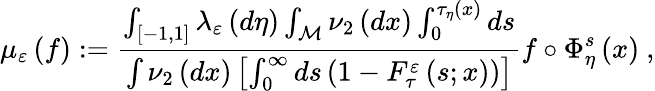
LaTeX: \mu_{\varepsilon}\left(f\right):=\frac{\int_{\left[-1,1\right]}\lambda_{\varepsilon}\left(d\eta\right)\int_{\mathcal{M}}\nu_{2}\left(dx\right)\int_{0}^{\tau_{\eta}\left(x\right)}ds}{\int\nu_{2}\left(dx\right)\left[\int_{0}^{\infty}ds\left(1-F_{\tau}^{\varepsilon}\left(s;x\right)\right)\right]}f\circ\Phi_{\eta}^{s}\left(x\right)\ ,